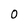
Character: 0